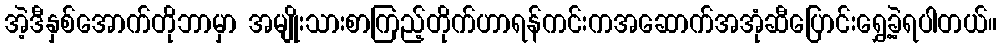
အဲ့ဒီနှစ်အောက်တိုဘာမှာ အမျိုးသားစာကြည့်တိုက်ဟာရန်ကင်းကအဆောက်အအုံဆီပြောင်းရွှေ့ခဲ့ရပါတယ်။